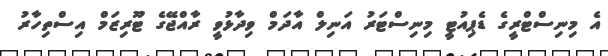
އެ މިނިސްޓްރީގެ ޑެޕިއުޓީ މިނިސްޓަރު އަނިލް އާދަމް ވިދާޅުވީ ރާއްޖޭގެ ޓޫރިޒަމް އިސްތިހާރު